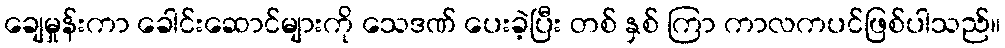
ချေမှုန်းကာ ခေါင်းဆောင်များကို သေဒဏ် ပေးခဲ့ပြီး တစ် နှစ် ကြာ ကာလကပင်ဖြစ်ပါသည်။